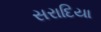
સરાદિયા